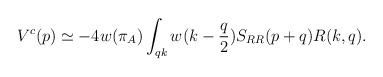
LaTeX: \begin{align*}V^c(p)\simeq -4w(\pi_A)\int_{qk}w(k-{q\over2})S_{RR}(p+q)R(k,q).\end{align*}